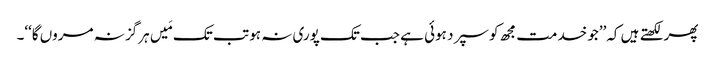
پھر لکھتے ہیں کہ’’جو خدمت مجھ کو سپرد ہوئی ہے جب تک پوری نہ ہو تب تک مَیں ہرگز نہ مروں گا‘‘۔